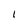
Character: l